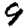
Digit: 9